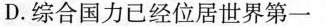
D.综合国力已经位居世界第一